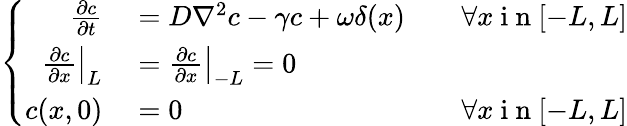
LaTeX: \left\{ \begin{array}{rlr}{\frac{\partial c}{\partial t}}&{{}=D\nabla^{2}c-\gamma c+\omega\delta(x)}&{\quad\forall x\mathrm{~i~n~}[-L,L]}\\ {\left.\frac{\partial c}{\partial x}\right|_{L}}&{{}=\left.\frac{\partial c}{\partial x}\right|_{-L}=0}\\ {c(x,0)}&{{}=0}&{\forall x\mathrm{~i~n~}[-L,L]}\end{array}\right.